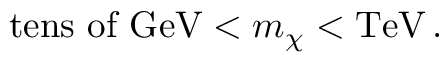
\mathrm { t e n s ~ o f ~ G e V } < m _ { \chi } < \mathrm { T e V \, . }